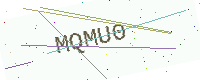
Text: MQMU0